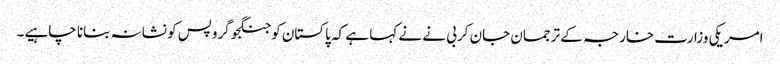
امریکی وزارت خارجہ کے ترجمان جان کربی نے نے کہا ہے کہ پاکستان کو جنگجو گروپس کو نشانہ بنانا چاہیے۔